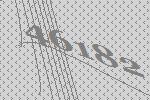
46182